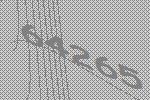
64265